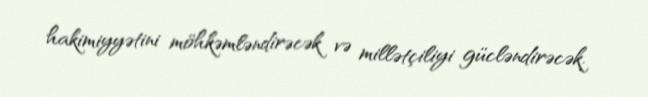
hakimiyyətini möhkəmləndirəcək və millətçiliyi gücləndirəcək.